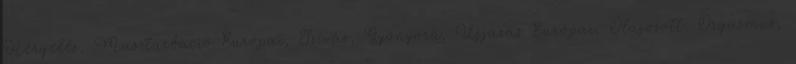
Hergelés, Maszturbáció Európai, Szívás, Gyönyörû, Ujjazás Európai, Olajozott, Orgazmus,